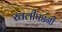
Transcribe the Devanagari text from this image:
खलीफांनी